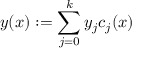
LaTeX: y ( x ) : = \sum _ { j = 0 } ^ { k } y _ { j } c _ { j } ( x )